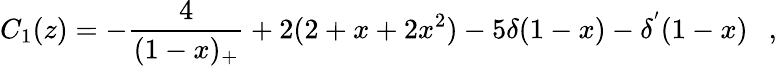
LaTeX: C_{1}(z)=-\frac{4}{(1-x)_{+}}+2(2+x+2x^{2})-5\delta(1-x)-\delta^{'}(1-x)~~~,